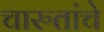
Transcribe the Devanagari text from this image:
चारुतांचे